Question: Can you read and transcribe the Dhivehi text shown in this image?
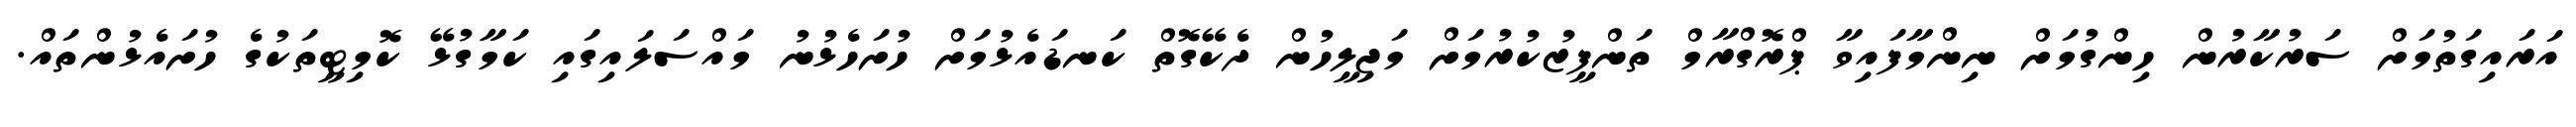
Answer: އަރައިގަތުމަށް ސަރުކާރުން ހިންގުމަށް ނިންމާފައިވާ ޕްރޮގްރާމް ތަންފީޒުކުރުމަށް މަޖިލީހުން ދެކޭގޮތް ކަނޑައެޅުމަށް ހުށަހެޅުނު މައްސަލައިގައި ކަމާގުޅޭ ކޮމިޓީތަކުގެ ހުށައެޅުންތައް.